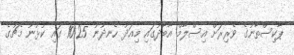
ޕާކިސްތާނުގެ ވެރިރަށް އިސްލާމް އާބާދުގައި މިއަދު ހެނދުނު 10:25 ގައި ކުޅުނު މެޗުގެ